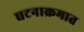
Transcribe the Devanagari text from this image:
घटनाक्रमात